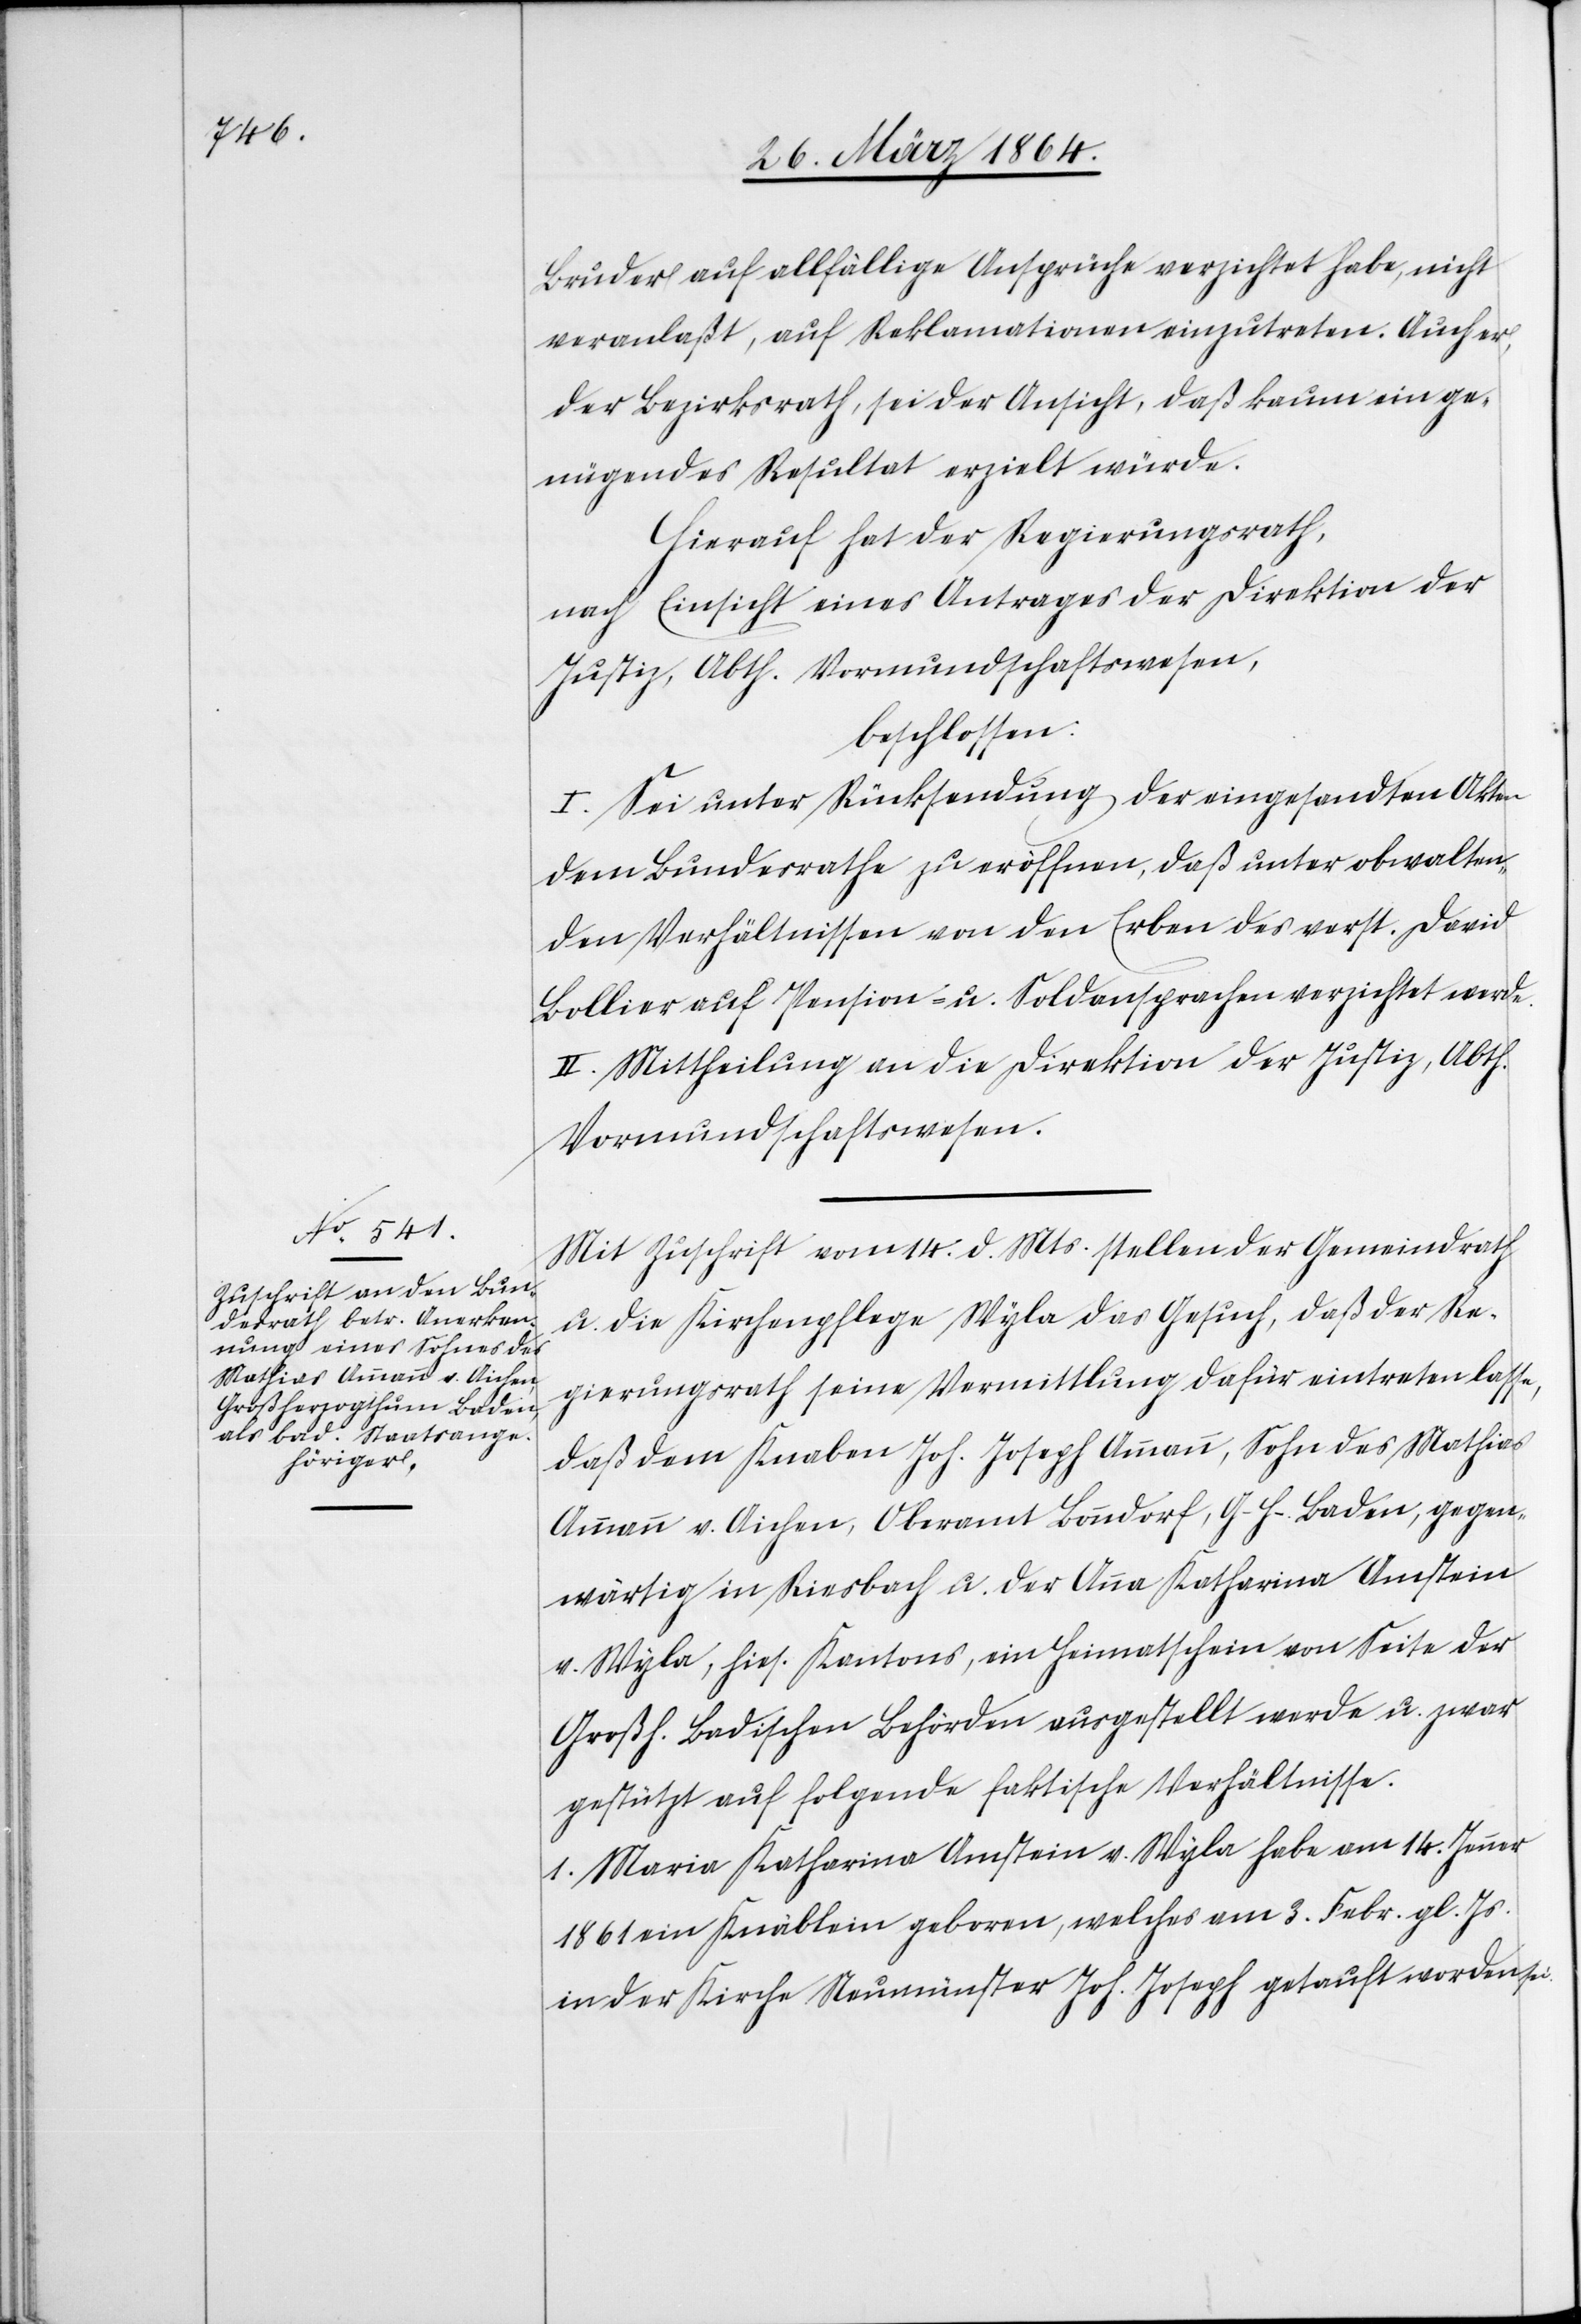
Bruder auf allfällige Ansprüche verzichtet habe, nicht
veranlaßt, auf Reklamationen einzutreten. Auch er,
der Bezirksrath, sei der Ansicht, daß kaum ein ge¬
nügendes Resultat erzielt würde.
Hierauf hat der Regierungsrath,
nach Einsicht eines Antrages der Direktion der
Justiz, Abth. Vormundschaftswesen,
beschlossen:
I. Sei unter Rücksendung der eingesandten Akten
dem Bundesrathe zu eröffnen, daß unter obwalten¬
den Verhältnissen von den Erben des verst. David
Bollier auf Pension- u. Soldansprachen verzichtet werde.
II. Mittheilung an die Direktion der Justiz, Abth.
Vormundschaftswesen.
Mit Zuschrift vom 14. d. Mts. stellen der Gemeindrath
u. die Kirchenpflege Wyla das Gesuch, daß der Re¬
gierungsrath seine Vermittlung dafür eintreten lasse,
daß dem Knaben Joh. Joseph Ammann, Sohn des Mathias
Ammann v. Aichen, Oberamt Bonndorf, G. H. Baden, gegen¬
wärtig in Riesbach u. der Anna Katharina Amstein
v. Wyla, hies. Kantons, ein Heimatschein von Seite der
Großh. Badischen Behörden ausgestellt werde u. zwar
gestützt auf folgende faktische Verhältnisse.
1. Maria Katharina Amstein v. Wyla habe am 14. Jenner
1861 ein Knäblein geboren, welches am 3. Febr. gl. Js.
in der Kirche Neumünster Joh. Joseph getauft worden sei.